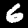
Digit: 6